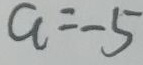
a = - 5